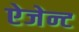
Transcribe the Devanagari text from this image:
ऐजेन्‍ट